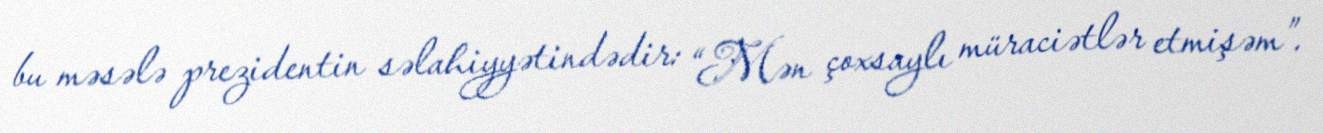
bu məsələ prezidentin səlahiyyətindədir: “Mən çoxsaylı müraciətlər etmişəm”.